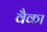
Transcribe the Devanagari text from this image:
वैका